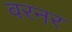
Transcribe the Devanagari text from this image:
वरनर